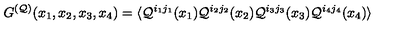
G ^ { ( { \cal Q } ) } ( x _ { 1 } , x _ { 2 } , x _ { 3 } , x _ { 4 } ) = \langle { \cal Q } ^ { i _ { 1 } j _ { 1 } } ( x _ { 1 } ) { \cal Q } ^ { i _ { 2 } j _ { 2 } } ( x _ { 2 } ) { \cal Q } ^ { i _ { 3 } j _ { 3 } } ( x _ { 3 } ) { \cal Q } ^ { i _ { 4 } j _ { 4 } } ( x _ { 4 } ) \rangle